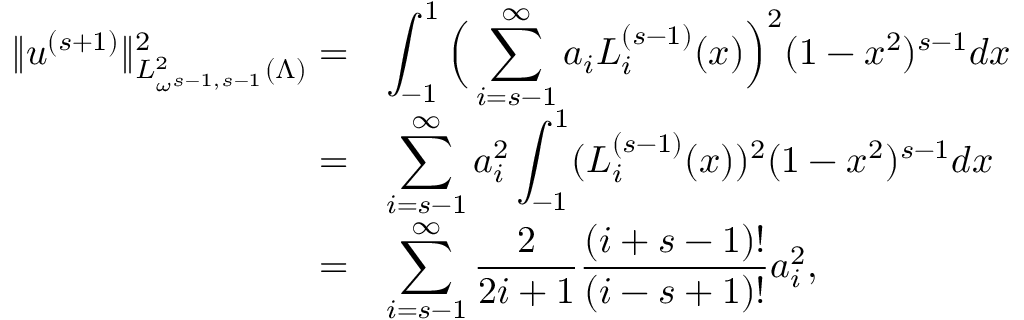
\begin{array} { r } { \begin{array} { r l } { \| u ^ { ( s + 1 ) } \| _ { L _ { \omega ^ { s - 1 , s - 1 } } ^ { 2 } ( \Lambda ) } ^ { 2 } = } & { \displaystyle \int _ { - 1 } ^ { 1 } \Big ( \displaystyle \sum _ { i = s - 1 } ^ { \infty } a _ { i } L _ { i } ^ { ( s - 1 ) } ( x ) \Big ) ^ { 2 } ( 1 - x ^ { 2 } ) ^ { s - 1 } d x } \\ { = } & { \displaystyle \sum _ { i = s - 1 } ^ { \infty } a _ { i } ^ { 2 } \displaystyle \int _ { - 1 } ^ { 1 } ( L _ { i } ^ { ( s - 1 ) } ( x ) ) ^ { 2 } ( 1 - x ^ { 2 } ) ^ { s - 1 } d x } \\ { = } & { \displaystyle \sum _ { i = s - 1 } ^ { \infty } \displaystyle \frac { 2 } { 2 i + 1 } \displaystyle \frac { ( i + s - 1 ) ! } { ( i - s + 1 ) ! } a _ { i } ^ { 2 } , } \end{array} } \end{array}